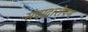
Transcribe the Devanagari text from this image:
संवादारोपण